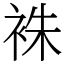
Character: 袾